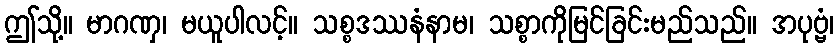
ဤသို့။ မာဂဏှ၊ မယူပါလင့်။ သစ္စဒဿနံနာမ၊ သစ္စာကိုမြင်ခြင်းမည်သည်။ အပုဗ္ဗံ၊